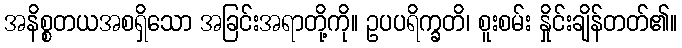
အနိစ္စတယအစရှိသော အခြင်းအရာတို့ကို။ ဥပပရိက္ခတိ၊ စူးစမ်း နှိုင်းချိန်တတ်၏။